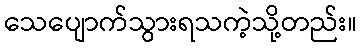
သေပျောက်သွားရသကဲ့သို့တည်း။